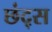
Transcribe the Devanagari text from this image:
छंद्स